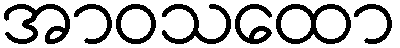
အာဝသထော